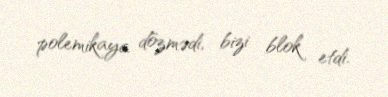
polemikaya dözmədi, bizi blok etdi.